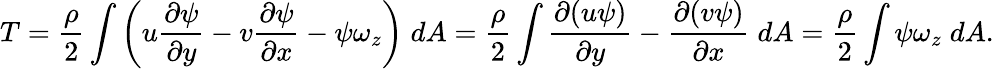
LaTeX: T=\frac{\rho}{2}\int\left(u\frac{\partial\psi}{\partial y}-v\frac{\partial\psi}{\partial x}-\psi\omega_{z}\right)\; dA=\frac{\rho}{2}\int\frac{\partial(u\psi)}{\partial y}-\frac{\partial(v\psi)}{\partial x}\; dA=\frac{\rho}{2}\int\psi\omega_{z}\; dA.